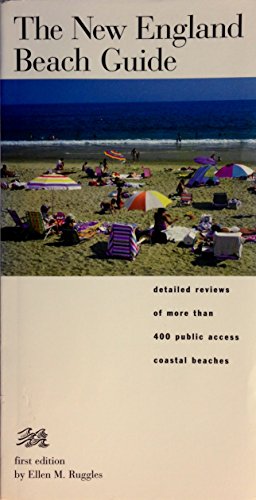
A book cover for The New England Beach Guide; Ellen Ruggles; Travel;